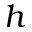
h